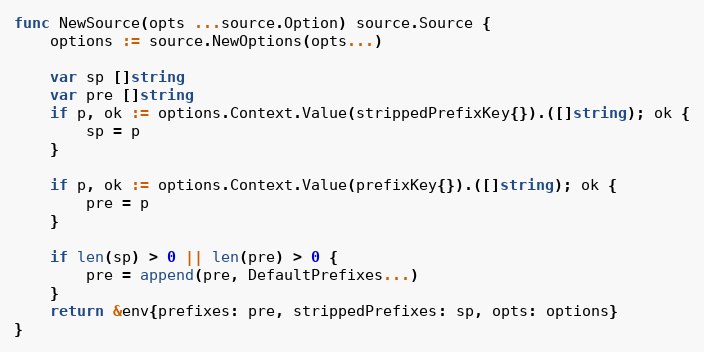
Language: Go
func NewSource(opts ...source.Option) source.Source {
	options := source.NewOptions(opts...)

	var sp []string
	var pre []string
	if p, ok := options.Context.Value(strippedPrefixKey{}).([]string); ok {
		sp = p
	}

	if p, ok := options.Context.Value(prefixKey{}).([]string); ok {
		pre = p
	}

	if len(sp) > 0 || len(pre) > 0 {
		pre = append(pre, DefaultPrefixes...)
	}
	return &env{prefixes: pre, strippedPrefixes: sp, opts: options}
}